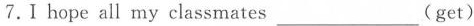
7.Ⅰ hope all my classmates___(get)